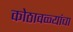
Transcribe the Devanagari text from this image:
कोठावळ्यांचा